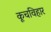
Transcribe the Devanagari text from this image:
कूचविहार